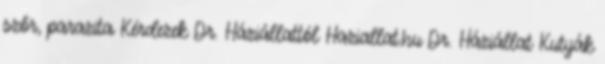
szőr, parazita Kérdezek Dr. Háziállattól Haziallat.hu Dr. Háziállat Kutyák